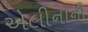
એલીનાની